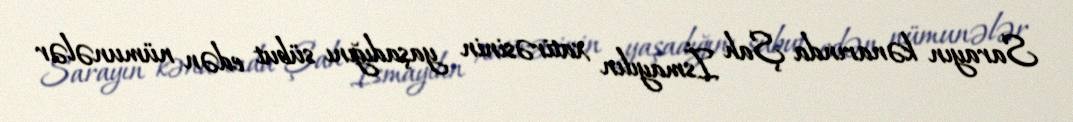
Sarayın kənarında Şah İsmayılın xatirəsinin yaşadığını sübut edən nümunələr